Indian journal of veterinary science and animal husbandry - Volumes 15-17, 1948-1951
Year: 1948
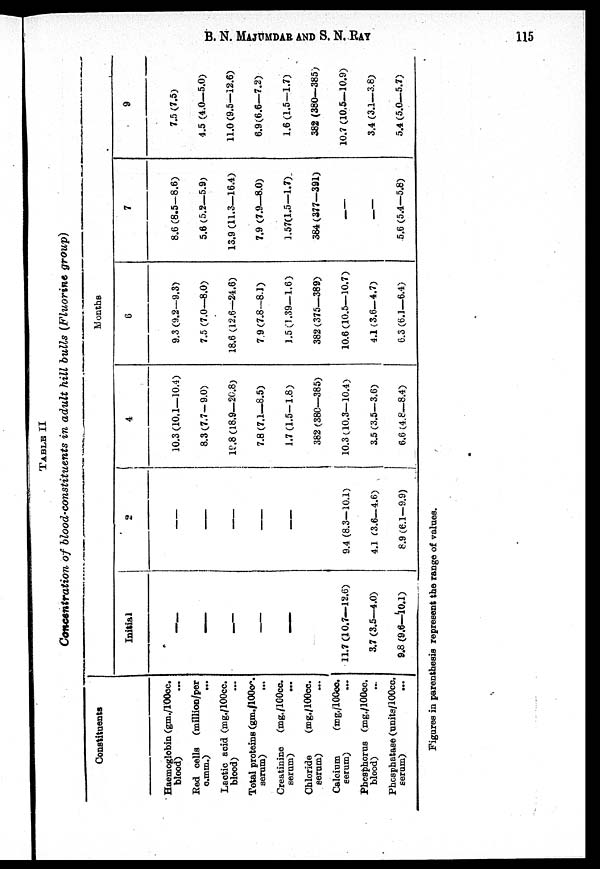
B. N. MAJUMDAR AND S. N.
RAY
115
TABLE II
Concentration of blood-constituents in adult hill bulls (Fluorine group)
Constituents
Haemoglobin (gm./100cc.
blood)
...
Red cells (million/per
c.mm.)
...
Lactic acid (mg./100cc.
blood) ...
Total proteins (gm./100cc.
serum)
...
Creatinine (mg./100cc.
serum)
...
Chloride
(mg./100cc.
serum) ...
Calcium
(mg./100cc.
serum)
...
Phosphorus (mg./100cc.
blood)
...
Phosphatase (units/100cc.
serum)
...
Months
Initial
—
—
—
—
—
11.7 (10.7—12.6)
3.7 (3.5—4.0)
9.8 (9.6—10.1)
2
—
—
—
—
—
9.4 (8.3—10.1)
4.1 (3.6—4.6)
8.9 (6.1—9.9)
4
10.3(10.1—10.4)
8.3(7.7—9.0)
19.8 (18.9—20.8)
7.8 (7.1—8.5)
1.7 (1.5—1.8)
382 (380—385)
10.3 (10.3—10.4)
3.5 (3.5—3.6)
6.6 (4.8—8.4)
6
9.3 (9.2—9.3)
7.5 (7.0—8.0)
18.6 (12.6—24.6)
7.9 (7.8—8.1)
1.5 (1.39—1.6)
382 (375—389)
10.6 (10.5—10.7)
4.1 (3.6—4.7)
6.3 (6.1—6.4)
7
8.6 (8.5—8.6)
5.6 (5.2—5.9)
13.9 (11.3—16.4)
7.9 (7.9—8.0)
1.57(1.5—1.7)
384 (377—391)
—
—
5.6 (5.4—5.8)
9
7.5 (7.5)
4.5 (4.0—5.0)
11.0 (9.5—12.6)
6.9(6.6—7.2)
1.6 (1.5—1.7)
382 (380—385)
10.7 (10.5—10.9)
3.4 (3.1—3.8)
5.4 (5.0—5.7)
Figures in parenthesis represent the range of values.